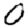
Digit: 0